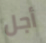
أجل